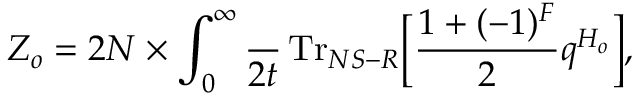
Z _ { o } = 2 N \times \int _ { 0 } ^ { \infty } \frac { \d t } { 2 t } \, \mathrm { T r } _ { N S - R } \Big [ \frac { 1 + ( - 1 ) ^ { F } } { 2 } q ^ { H _ { o } } \Big ] ,